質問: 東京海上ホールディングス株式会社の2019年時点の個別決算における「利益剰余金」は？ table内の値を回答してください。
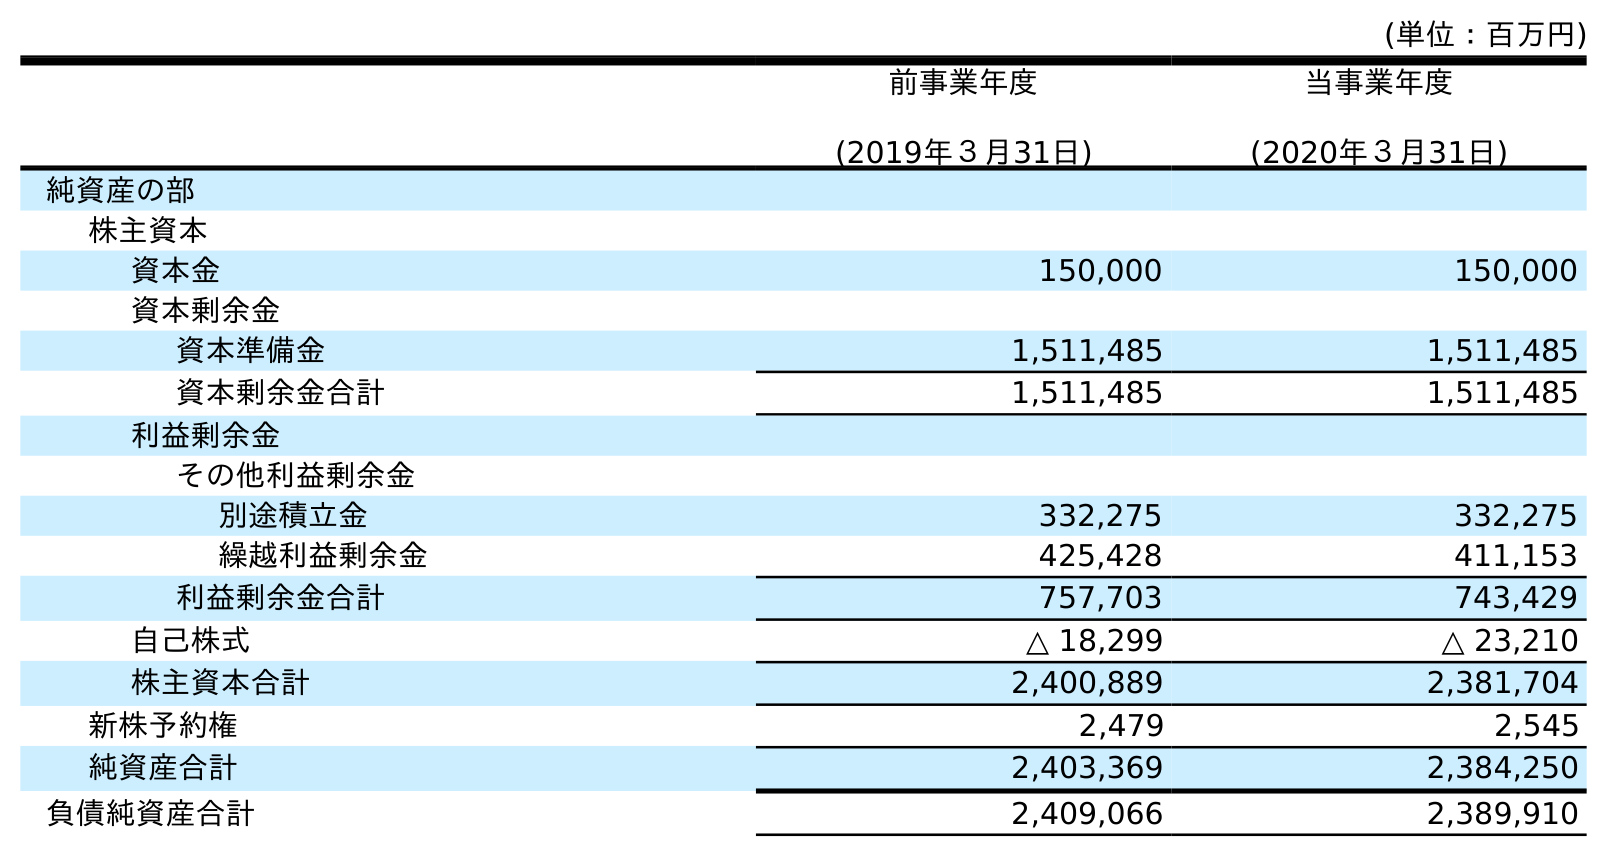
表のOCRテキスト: (単位：百万円) 前事業年度 (2019年３月31日) 当事業年度 (2020年３月31日) 純資産の部 株主資本 資本金 150,000 150,000 資本剰余金 資本準備金 1,511,485 1,511,485 資本剰余金合計 1,511,485 1,511,485 利益剰余金 その他利益剰余金 別途積立金 332,275 332,275 繰越利益剰余金 425,428 411,153 利益剰余金合計 757,703 743,429 自己株式 △ 18,299 △ 23,210 株主資本合計 2,400,889 2,381,704 新株予約権 2,479 2,545 純資産合計 2,403,369 2,384,250 負債純資産合計 2,409,066 2,389,910
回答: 757,703